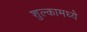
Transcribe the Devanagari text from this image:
शुल्कामध्ये